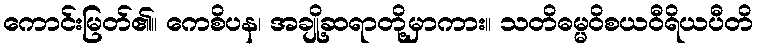
ကောင်းမြတ်၏။ ကေစိပန၊ အချို့ဆရာတို့မှာကား။ သတိဓမ္မဝိစယဝီရိယပီတိ